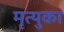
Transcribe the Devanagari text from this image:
मृत्युका